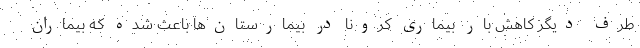
طرف دیگر کاهش بار بیماری کرونا در بیمارستان‌ها باعث شده که بیماران